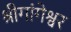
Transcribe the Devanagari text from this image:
श्रीगांगेश्वर